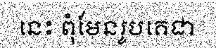
នេះ ពុំមែនរូបគេជា